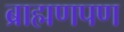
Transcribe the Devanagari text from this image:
ब्राह्मणपण